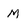
Character: M